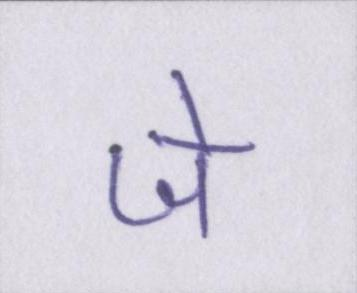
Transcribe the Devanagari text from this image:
जे